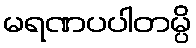
မရဏပပါတမ္ပိ